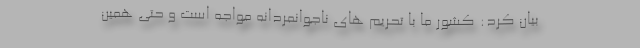
بیان کرد: کشور ما با تحریم های ناجوانمردانه مواجه است و حتی همین